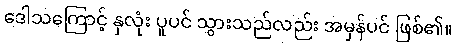
ဒေါသကြောင့် နှလုံး ပူပင် သွားသည်လည်း အမှန်ပင် ဖြစ်၏။